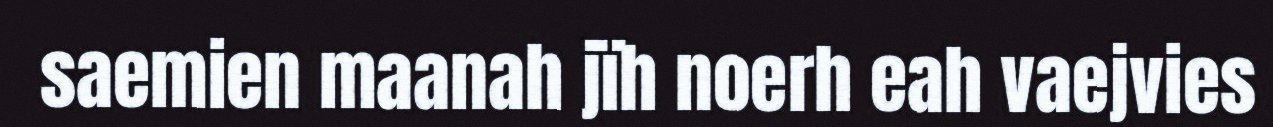
saemien maanah jïh noerh eah vaejvies